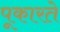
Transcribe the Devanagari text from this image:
पूकारते